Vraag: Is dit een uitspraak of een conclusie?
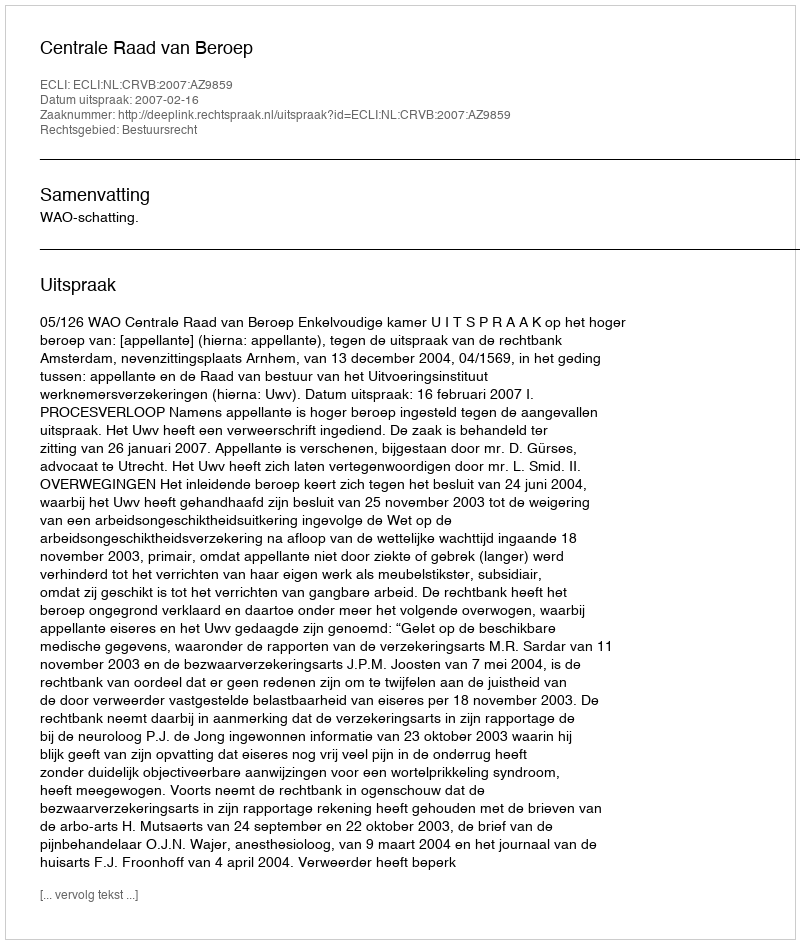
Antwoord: Uitspraak